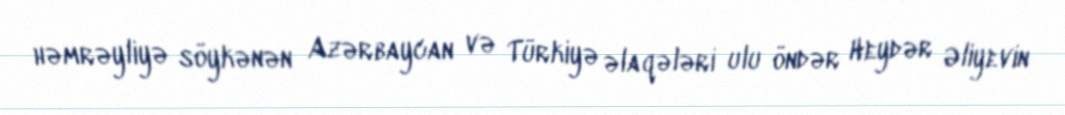
həmrəyliyə söykənən Azərbaycan və Türkiyə əlaqələri ulu öndər Heydər Əliyevin